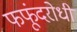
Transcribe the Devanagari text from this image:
फफूंदरोधी